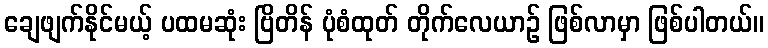
ချေဖျက်နိုင်မယ့် ပထမဆုံး ဗြိတိန် ပုံစံထုတ် တိုက်လေယာဉ် ဖြစ်လာမှာ ဖြစ်ပါတယ်။